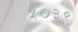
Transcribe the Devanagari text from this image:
५०३९